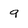
Character: 9